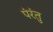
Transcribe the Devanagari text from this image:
पंरंतु